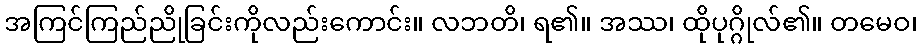
အကြင်ကြည်ညိုခြင်းကိုလည်းကောင်း။ လဘတိ၊ ရ၏။ အဿ၊ ထိုပုဂ္ဂိုလ်၏။ တမေဝ၊